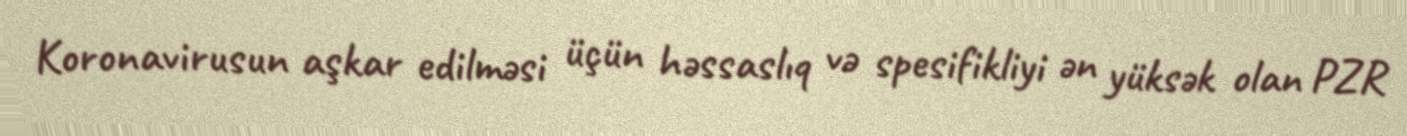
Koronavirusun aşkar edilməsi üçün həssaslıq və spesifikliyi ən yüksək olan PZR